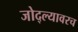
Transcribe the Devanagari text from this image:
जोद्ल्यावरच